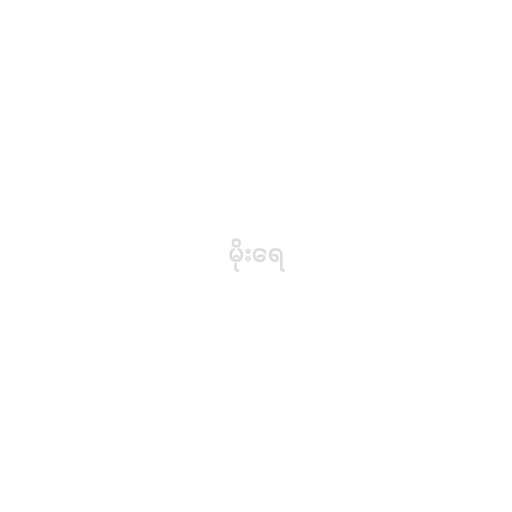
မိုးရေ